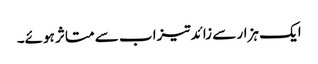
ایک ہزار سے زائدتیزاب سے متاثر ہوئے۔